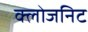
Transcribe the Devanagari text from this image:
क्लोजनिट